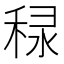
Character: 𥞾